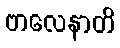
ဗာလေနာတိ